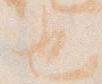
也